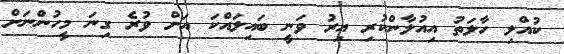
ކުއްލި ހާލަތު އިއުލާންކުރި އިރު ވަނީ ބައިލައްކަ އަށް ވުރެ ގިނަ މީހުންނަށް